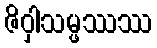
ဇိဝှါသမ္ဖဿဿ